Madras plague regulations and rules - Volume 1
Disease focus: Plague
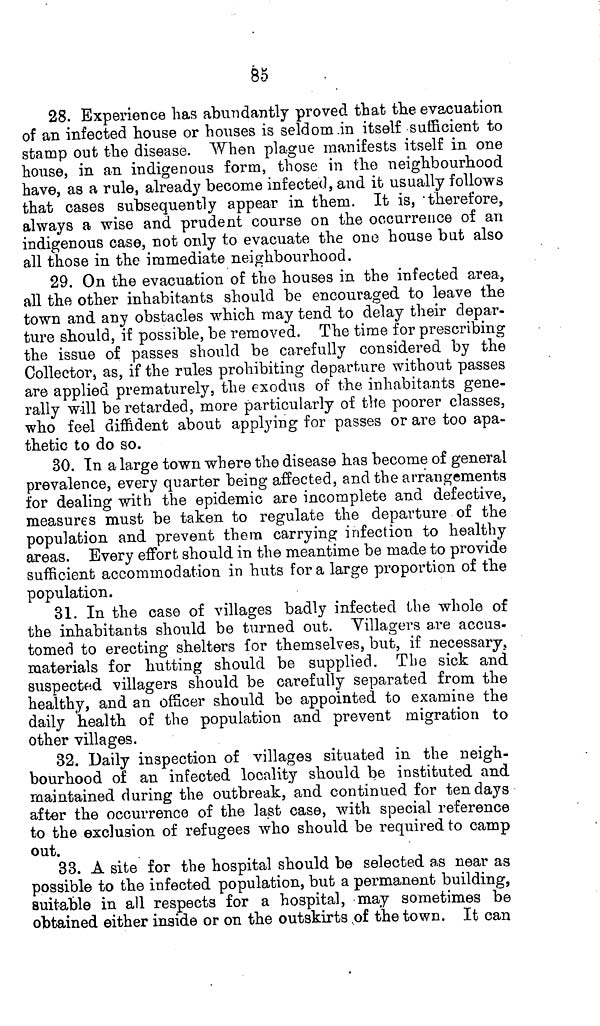
85
28. Experience has abundantly proved that the evacuation
of an infected house or houses is seldom in itself sufficient to
stamp out the disease. When plague manifests itself in one
house, in an indigenous form, those in the neighbourhood
have, as a rule, already become infected, and it usually follows
that cases subsequently appear in them. It is, therefore,
always a wise and prudent course on the occurrence of an
indigenous case, not only to evacuate the one house but also
all those in the immediate neighbourhood.
29. On the evacuation of the houses in the infected area,
all the other inhabitants should be encouraged to leave the
town and any obstacles which may tend to delay their depar-
ture should, if possible, be removed. The time for prescribing
the issue of passes should be carefully considered by the
Collector, as, if the rules prohibiting departure without passes
are applied prematurely, the exodus of the inhabitants gene-
rally will be retarded, more particularly of the poorer classes,
who feel diffident about applying for passes or are too apa-
thetic to do so.
30. In a large town where the disease has become of general
prevalence, every quarter being affected, and the arrangements
for dealing with the epidemic are incomplete and defective,
measures must be taken to regulate the departure of the
population and prevent them carrying infection to healthy
areas. Every effort should in the meantime be made to provide
sufficient accommodation in huts for a large proportion of the
population.
31. In the case of villages badly infected the whole of
the inhabitants should be turned out. Villagers are accus-
tomed to erecting shelters for themselves, but, if necessary,
materials for hutting should be supplied. The sick and
suspected villagers should be carefully separated from the
healthy, and an officer should be appointed to examine the
daily health of the population and prevent migration to
other villages.
32. Daily inspection of villages situated in the neigh-
bourhood of an infected locality should be instituted and
maintained during the outbreak, and continued for ten days
after the occurrence of the last case, with special reference
to the exclusion of refugees who should be required to camp
out.
33. A site for the hospital should be selected as near as
possible to the infected population, but a permanent building,
suitable in all respects for a hospital, may sometimes be
obtained either inside or on the outskirts of the town. It can